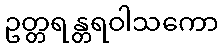
ဥတ္တရန္တရဝါသကော